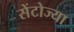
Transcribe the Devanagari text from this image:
सेंटोज्या